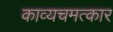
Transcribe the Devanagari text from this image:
काव्यचमत्कार